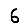
Digit: 6